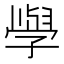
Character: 𭓕